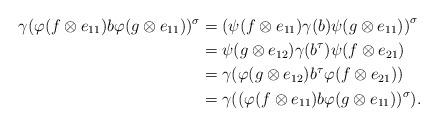
LaTeX: \begin{align*} \gamma(\varphi(f\otimes e_{11})b\varphi(g\otimes e_{11}))^{\sigma}& = \left( \psi(f\otimes e_{11})\gamma(b)\psi(g\otimes e_{11}) \right) ^{\sigma}\\& =\psi(g\otimes e_{12})\gamma(b^\tau) \psi(f\otimes e_{21})\\& =\gamma(\varphi(g\otimes e_{12})b^{\tau}\varphi(f \otimes e_{21}))\\& =\gamma((\varphi(f\otimes e_{11})b\varphi(g\otimes e_{11}))^{\sigma}).\end{align*}